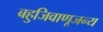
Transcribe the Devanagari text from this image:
बहुजिवाणूजन्य